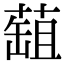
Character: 䔘